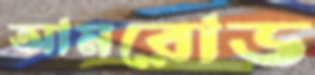
আমরোড